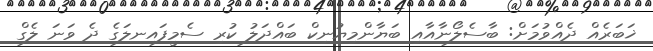
ޚަބަރެއް ދެއްވުމަށް: ބާސެލޯނާއާއި ބަޔާންމިޔުނިކް ބައްދަލު ކުރި ސެމީފައިނލަގެ ދެ ވަނަ ލެގް